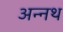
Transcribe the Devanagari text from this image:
अन्नथ